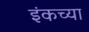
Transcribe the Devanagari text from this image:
इंकच्या